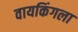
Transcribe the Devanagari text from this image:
वायकिंगला